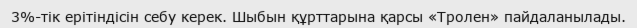
3%-тік ерітіндісін себу керек. Шыбын құрттарына қарсы «Тролен» пайдаланылады.